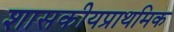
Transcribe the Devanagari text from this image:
शासकीयप्राथमिक